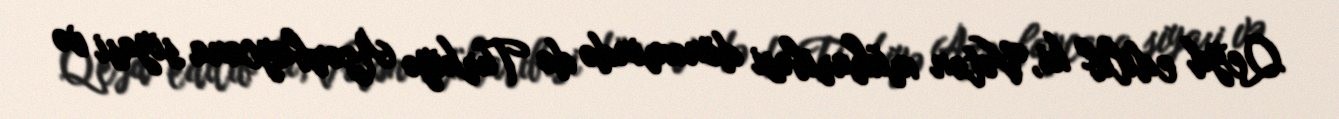
Qeyd edilib ki, Vətən müharibəsi dönəmində də Türkiyə Azərbaycana siyasi və